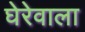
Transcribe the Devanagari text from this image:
घेरेवाला